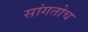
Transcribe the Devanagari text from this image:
सांगतोच